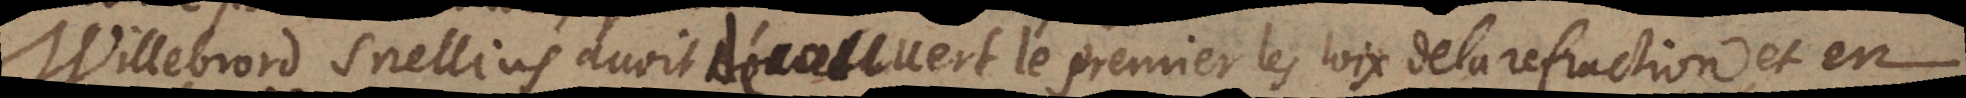
Willebrord Snellius avoit découvert le premier les loix de la refraction, et en